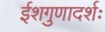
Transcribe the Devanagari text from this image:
ईशगुणादर्शः